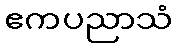
ဧကပညာသံ